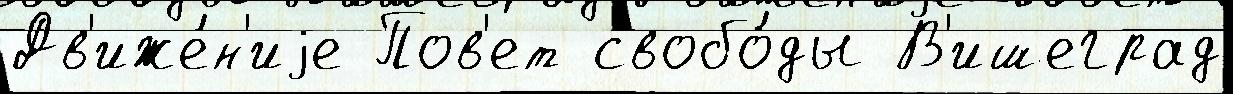
Дв'иже́н'иjе Пов'ет свобо́ды В'ишеград